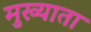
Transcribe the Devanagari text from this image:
मुख्याता